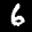
Label: 6